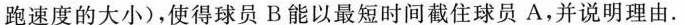
跑速度的大小)，使得球员B能以最短时间截住球员A，并说明理由。